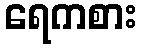
ရေကစား